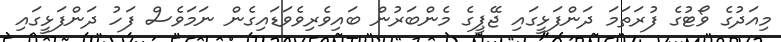
މިއަދުގެ ވޯޓުގެ ފުރަތަމަ ދަންފަޅީގައި ޖޭޕީގެ މެންބަރުން ބައިވެރިވެވަޑައިގެން ނަމަވެސް ފަހު ދަންފަޅީގައި